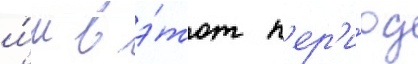
и́м в э́тот п'ер'и́од